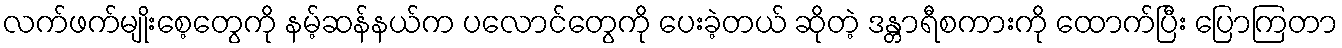
လက်ဖက်မျိုးစေ့တွေကို နမ့်ဆန်နယ်က ပလောင်တွေကို ပေးခဲ့တယ် ဆိုတဲ့ ဒန္တာရီစကားကို ထောက်ပြီး ပြောကြတာ